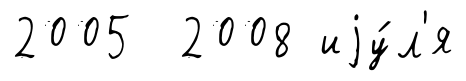
2005 2008 иjу́л'я